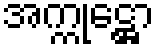
အက္ကုဋ္ဌော